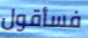
فسأقول